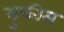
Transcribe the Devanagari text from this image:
मुक्तीस